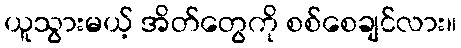
ယူသွားမယ့် အိတ်တွေကို စစ်စေချင်လား။